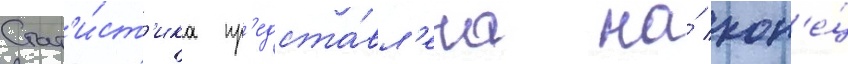
Стат'и́ст'ика пр'едста́вл'ена на́ кон'е́ц